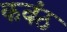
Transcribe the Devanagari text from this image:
कवंठ